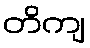
တိကျ